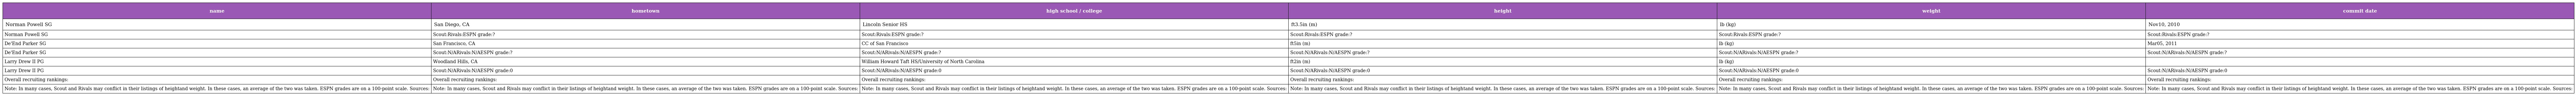
| name | hometown | high school / college | height | weight | commit date |
 | --- | --- | --- | --- | --- | --- |
 | Norman Powell SG | San Diego, CA | Lincoln Senior HS | ft3.5in (m) | lb (kg) | Nov10, 2010 |
 | Norman Powell SG | Scout:Rivals:ESPN grade:? | Scout:Rivals:ESPN grade:? | Scout:Rivals:ESPN grade:? | Scout:Rivals:ESPN grade:? | Scout:Rivals:ESPN grade:? |
 | De'End Parker SG | San Francisco, CA | CC of San Francisco | ft5in (m) | lb (kg) | Mar05, 2011 |
 | De'End Parker SG | Scout:N/ARivals:N/AESPN grade:? | Scout:N/ARivals:N/AESPN grade:? | Scout:N/ARivals:N/AESPN grade:? | Scout:N/ARivals:N/AESPN grade:? | Scout:N/ARivals:N/AESPN grade:? |
 | Larry Drew II PG | Woodland Hills, CA | William Howard Taft HS/University of North Carolina | ft2in (m) | lb (kg) |  |
 | Larry Drew II PG | Scout:N/ARivals:N/AESPN grade:0 | Scout:N/ARivals:N/AESPN grade:0 | Scout:N/ARivals:N/AESPN grade:0 | Scout:N/ARivals:N/AESPN grade:0 | Scout:N/ARivals:N/AESPN grade:0 |
 | Overall recruiting rankings: | Overall recruiting rankings: | Overall recruiting rankings: | Overall recruiting rankings: | Overall recruiting rankings: | Overall recruiting rankings: |
 | Note: In many cases, Scout and Rivals may conflict in their listings of heightand weight. In these cases, an average of the two was taken. ESPN grades are on a 100-point scale. Sources: | Note: In many cases, Scout and Rivals may conflict in their listings of heightand weight. In these cases, an average of the two was taken. ESPN grades are on a 100-point scale. Sources: | Note: In many cases, Scout and Rivals may conflict in their listings of heightand weight. In these cases, an average of the two was taken. ESPN grades are on a 100-point scale. Sources: | Note: In many cases, Scout and Rivals may conflict in their listings of heightand weight. In these cases, an average of the two was taken. ESPN grades are on a 100-point scale. Sources: | Note: In many cases, Scout and Rivals may conflict in their listings of heightand weight. In these cases, an average of the two was taken. ESPN grades are on a 100-point scale. Sources: | Note: In many cases, Scout and Rivals may conflict in their listings of heightand weight. In these cases, an average of the two was taken. ESPN grades are on a 100-point scale. Sources: |